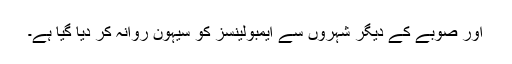
اور صوبے کے دیگر شہروں سے ایمبولینسز کو سیہون روانہ کر دیا گیا ہے۔